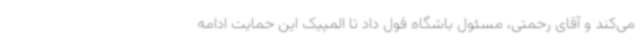
می‌کند و آقای رحمتی، مسئول باشگاه قول داد تا المپیک این حمایت ادامه